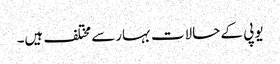
یوپی کے حالات بہارسے مختلف ہیں۔